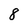
Character: 8